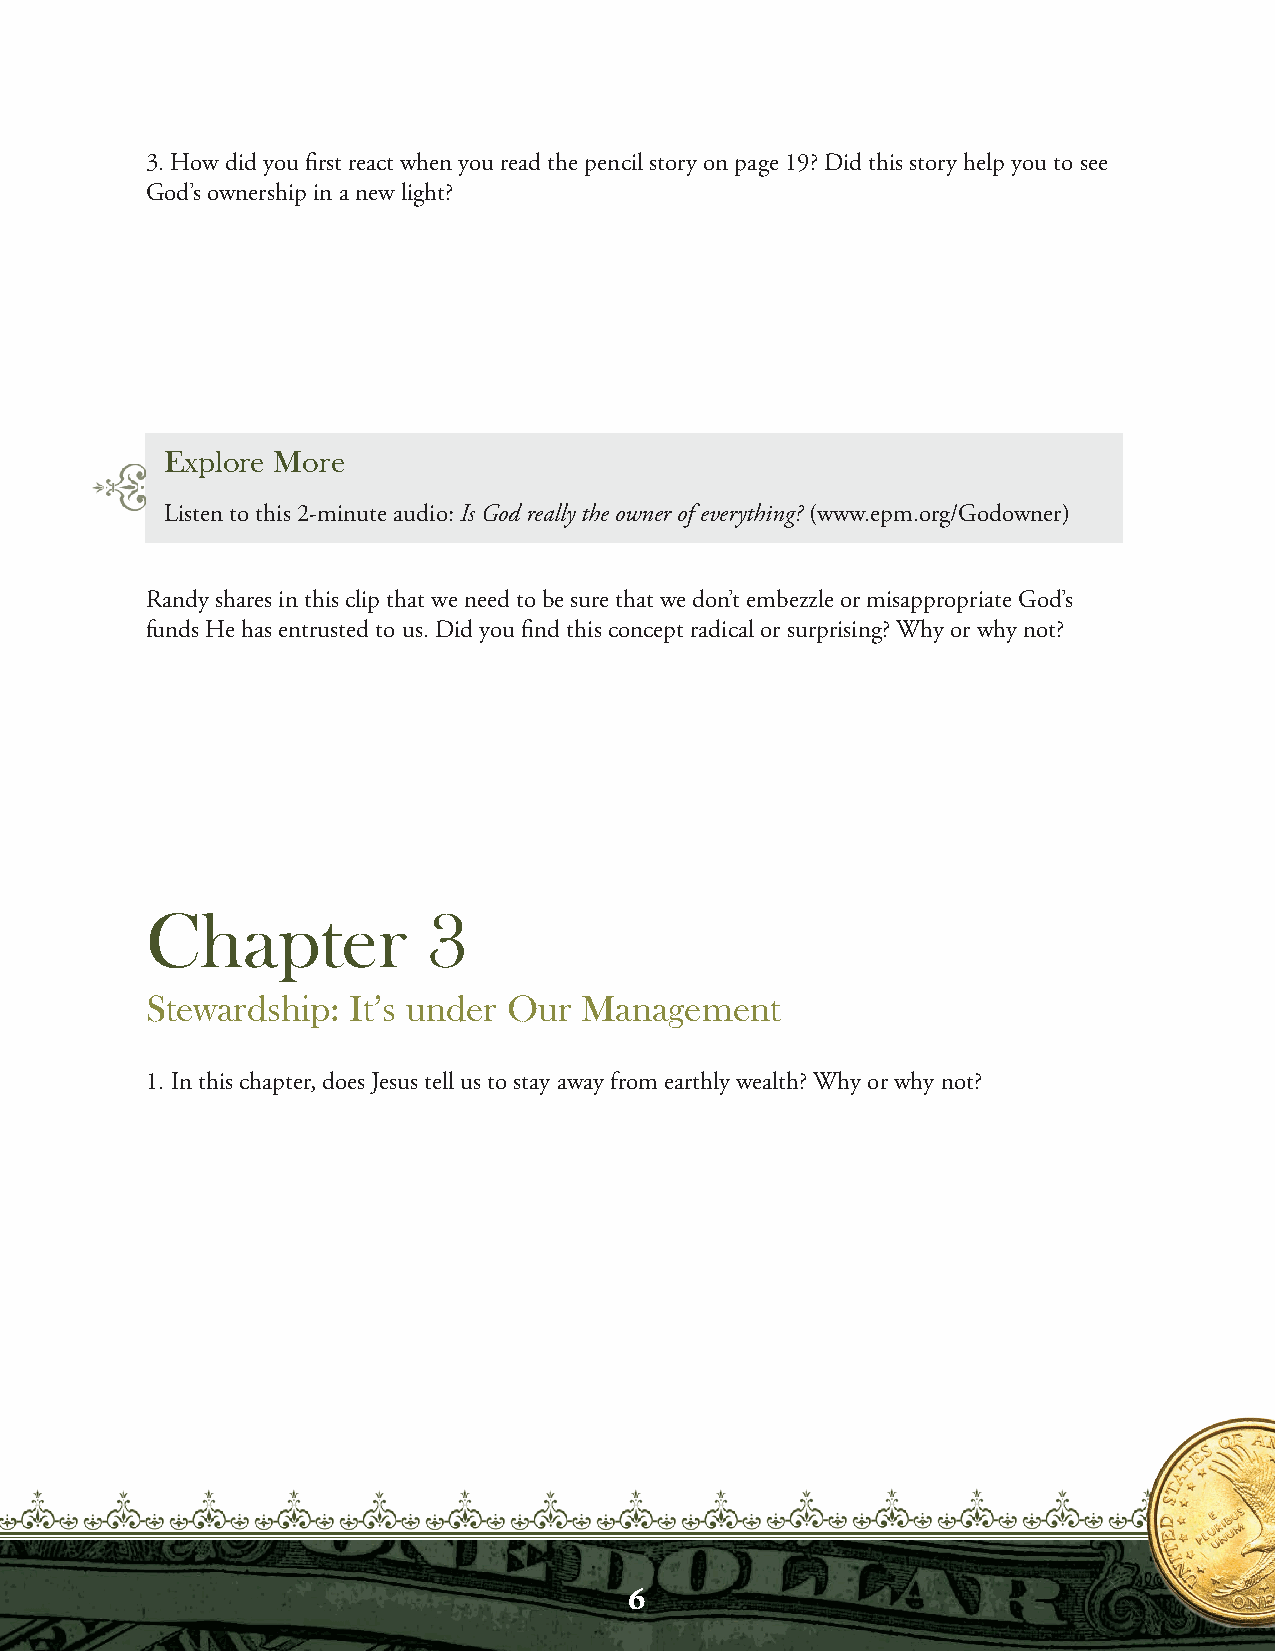
3. How did you first react when you read the pencil story on page 19? Did this story help you to see
 God’s ownership in a new light?
 Explore More
 Listen to this 2-minute audio: Is God really the owner of everything? (www.epm.org/Godowner)
 Randy shares in this clip that we need to be sure that we don’t embezzle or misappropriate God’s
 funds He has entrusted to us. Did you find this concept radical or surprising? Why or why not?
 Chapter           3
 Stewardship: It’s under Our Management
 1. In this chapter, does Jesus tell us to stay away from earthly wealth? Why or why not?
 6